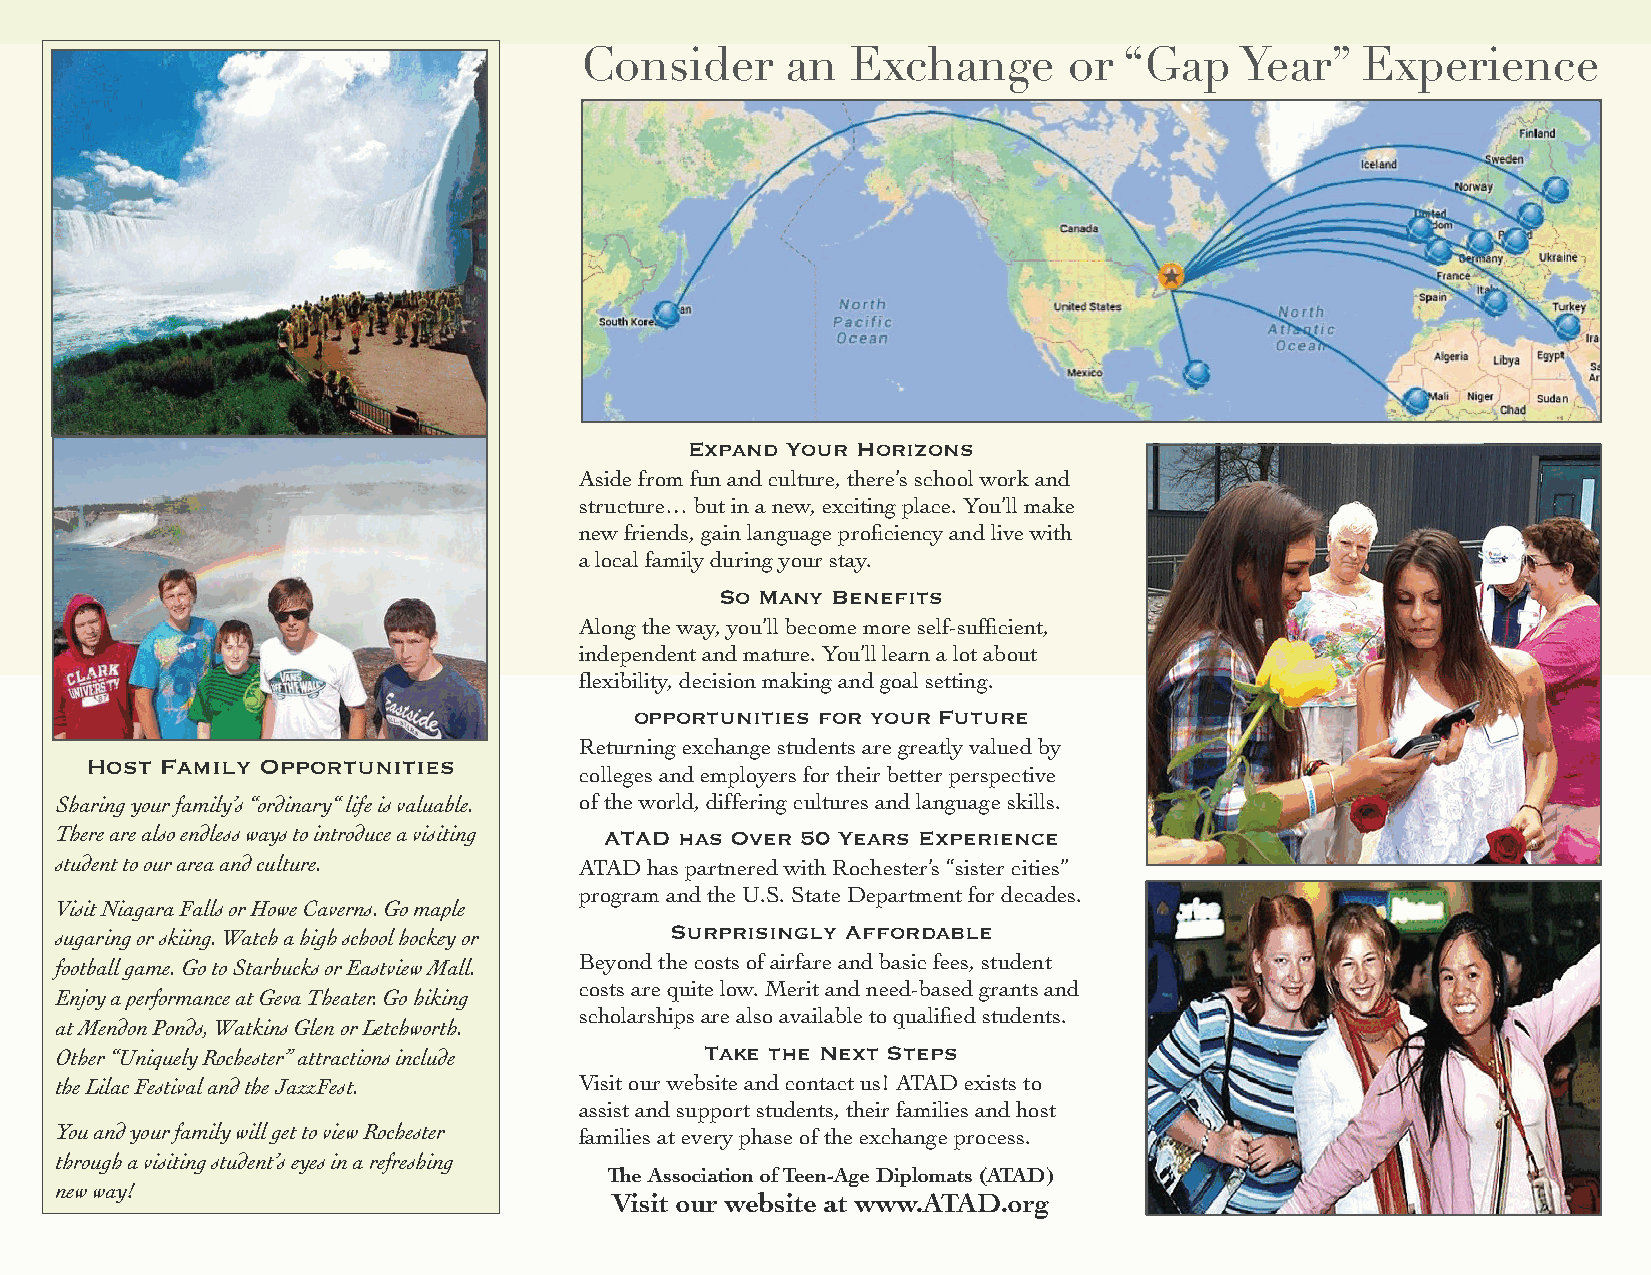
Consider      an  Exchange       or “Gap    Year”   Experience
 Expand Your Horizons
 Aside from fun and culture, there’s school work and
 structure… but in a new, exciting place. You’ll make
 new friends, gain language proficiency and live with
 a local family during your stay.
 So Many Benefits
 Along the way, you’ll become more self-sufficient,
 independent and mature. You’ll learn a lot about
 flexibility, decision making and goal setting.
 opportunities for your Future
 Returning exchange students are greatly valued by
 Host Family Opportunities
 colleges and employers for their better perspective
 Sharing your family’s “ordinary“ life is valuable. of the world, differing cultures and language skills.
 There are also endless ways to introduce a visiting ATAD has Over 50 Years Experience
 student to our area and culture.  ATAD has partnered with Rochester’s “sister cities”
 program and the U.S. State Department for decades.
 Visit Niagara Falls or Howe Caverns. Go maple
 Surprisingly Affordable
 sugaring or skiing. Watch a high school hockey or
 football game. Go to Starbucks or Eastview Mall. Beyond the costs of airfare and basic fees, student
 costs are quite low. Merit and need-based grants and
 Enjoy a performance at Geva Theater. Go hiking
 scholarships are also available to qualified students.
 at Mendon Ponds, Watkins Glen or Letchworth.
 Other “Uniquely Rochester” attractions include Take the Next Steps
 the Lilac Festival and the JazzFest. Visit our website and contact us! ATAD exists to
 assist and support students, their families and host
 You and your family will get to view Rochester families at every phase of the exchange process.
 through a visiting student’s eyes in a refreshing
 The Association of Teen-Age Diplomats (ATAD)
 new way!
 Visit our website at www.ATAD.org